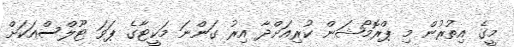
މީގެ އިތުރުން މި ޕްރޮމޯޝަން ކުރިއަށްދާ އިރު ގަންނަ މަކީޓާގެ ޕަވަ ޓޫލްސްއަކަށް